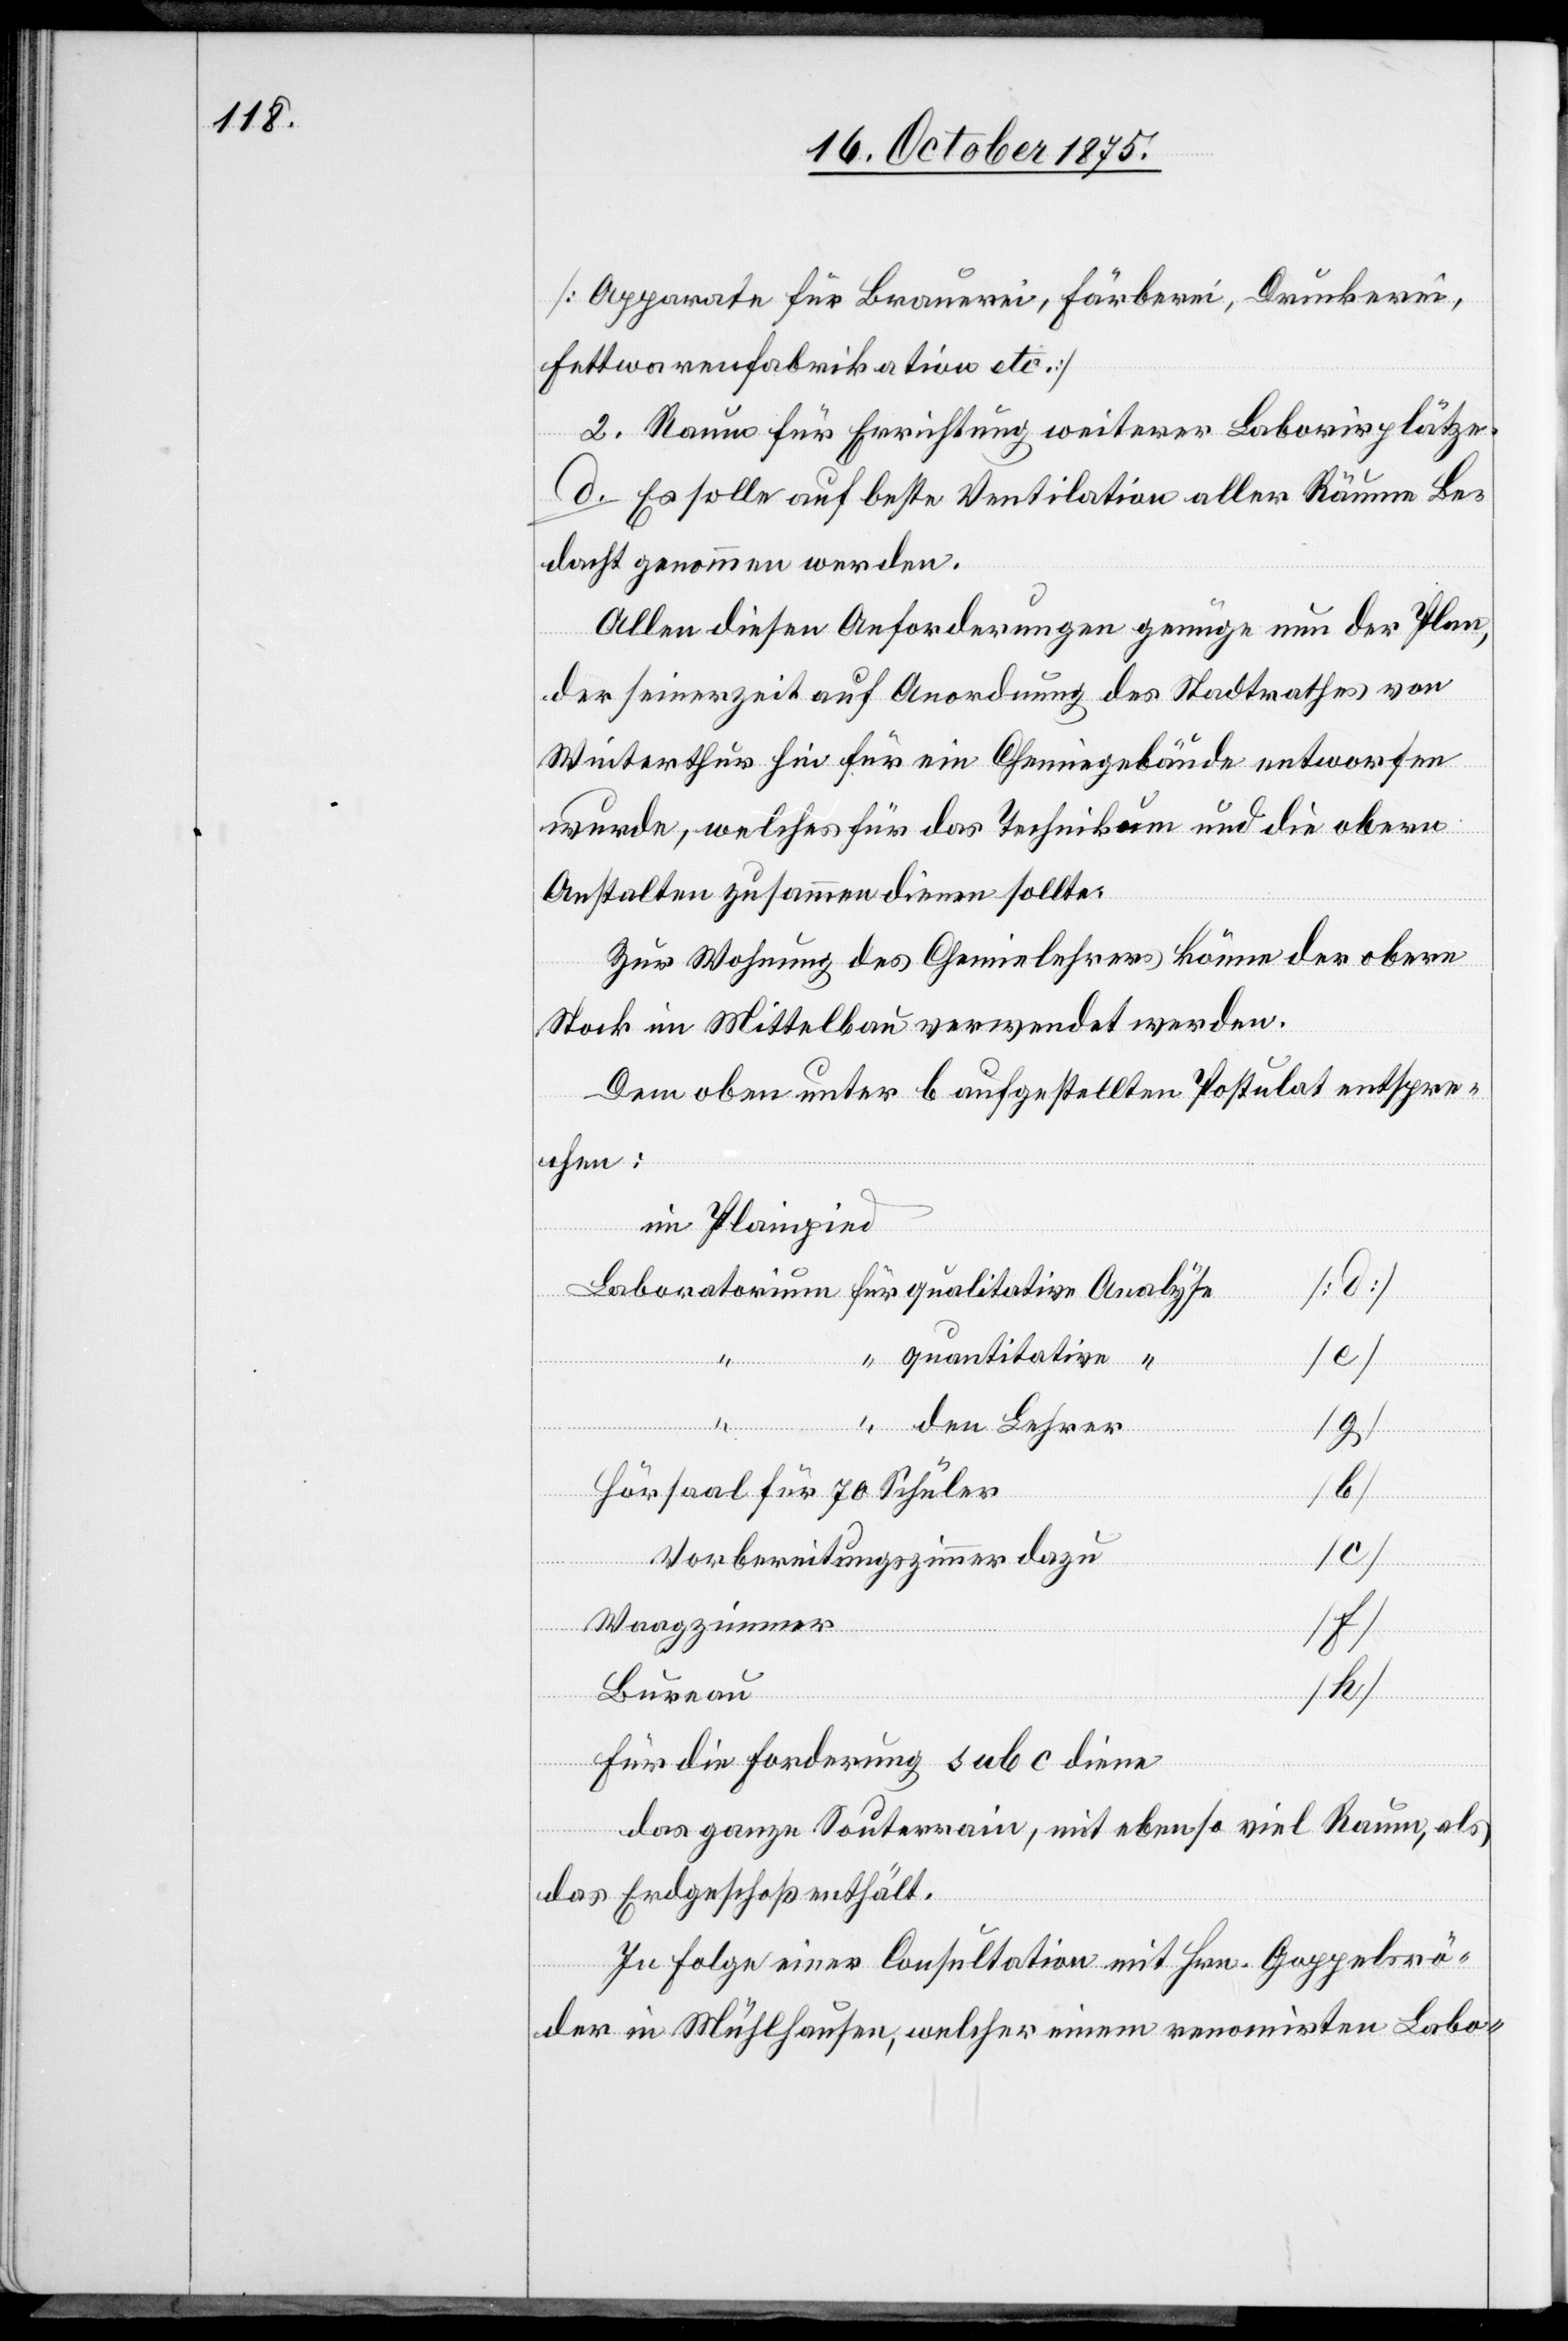
[Apparate für Brauerei, Färberei, Druckerei,
Fettwarenfabrikation etc.]
2. Raum für Errichtung weiterer Laborirplätze.
d. Es solle auf beste Ventilation aller Räume Be¬
dacht genommen werden.
Allen diesen Anforderungen genüge nun der Plan,
der seinerzeit auf Anordnung des Stadtrathes von
Winterthur hin für ein Chemiegebäude entworfen
wurde, welches für das Technikum und die obern
Anstalten zusammen dienen sollte.
Zur Wohnung des Chemielehrers könne der obere
Stock im Mittelbau verwendet werden.
Dem oben unter b aufgestellten Postulat entspre¬
chen:
im Plainpied
[c]
Hörsaal für 70 Schüler
für
Vorbereitungszimmer dazu
Waagzimmer
den Lehrer
[e]
“
Bureau
Für die Forderung sub c diene
das ganze Souterrain, mit ebenso viel Raum, als
das Erdgeschoß enthält.
In Folge einer Consultation mit Hrn. Goppelsrö¬
der in Mühlhausen, welcher einem renomirten Labo-